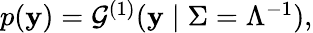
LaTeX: \begin{array}{r}{p(\mathbf{y})=\mathcal{G}^{(1)}(\mathbf{y}\mid\Sigma=\Lambda^{-1}),}\end{array}